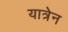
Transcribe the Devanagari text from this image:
यात्रेन